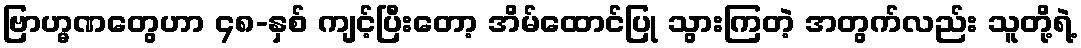
ဗြာဟ္မဏတွေဟာ ၄၈-နှစ် ကျင့်ပြီးတော့ အိမ်ထောင်ပြု သွားကြတဲ့ အတွက်လည်း သူတို့ရဲ့